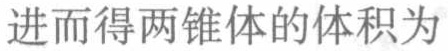
进而得两锥体的体积为